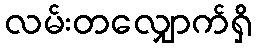
လမ်းတလျှောက်ရှိ